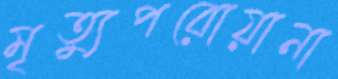
মৃত্যুপরোয়ানা